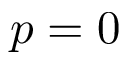
p = 0